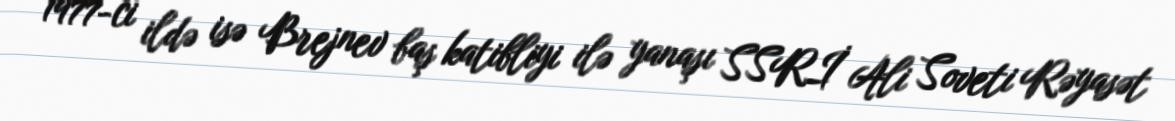
1977-ci ildə isə Brejnev baş katibliyi ilə yanaşı SSRİ Ali Soveti Rəyasət